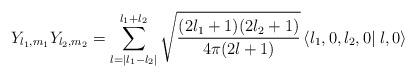
LaTeX: \begin{align*}Y_{l_1 , m_1}Y_{l_2 , m_2}=\sum\limits_{l=|l_1-l_2|}^{l_1+l_2}\sqrt{\frac{(2 l_1+1)(2 l_2+1)}{4\pi(2 l+1)}}\left\langle l_1 , 0 , l_2 , 0 \right| \left. l , 0\right\rangle\end{align*}